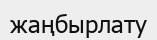
жаңбырлату